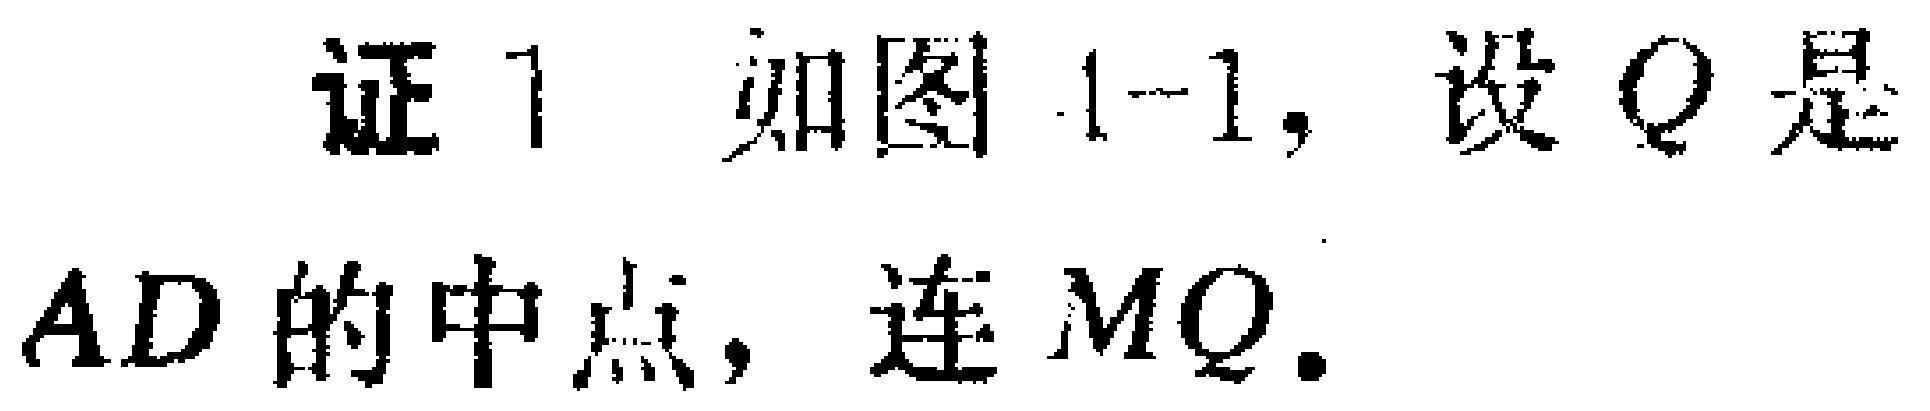
证1 如图1-1, 设\(Q\)是\(AD\)的中点, 连\(MQ\).